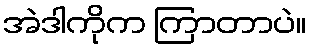
အဲဒါကိုက ကြာတာပဲ။